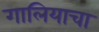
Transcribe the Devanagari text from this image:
गालियाचा